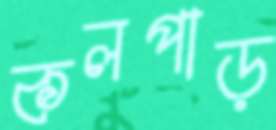
কলপাড়